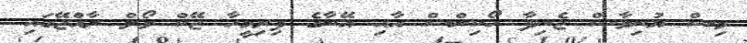
މިސް ޔުނިވާސް ޖެނިފާ ހޯކިންސް އާއި އޭނާގެ ފިރިމީހާ ޖޭކް ވޯލް ރާއްޖޭގައި